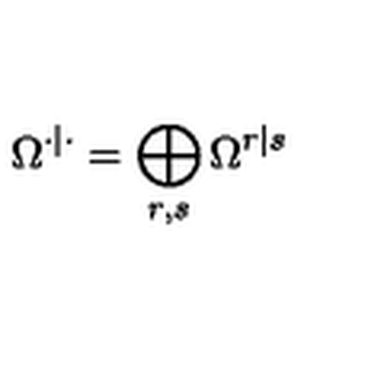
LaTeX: \Omega ^ { \cdot | \cdot } = \bigoplus _ { r , s } \Omega ^ { r | s }